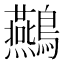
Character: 䴏